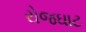
રોજઘાટ